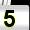
Digit: 5